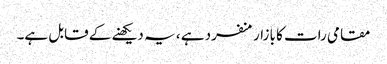
مقامی رات کا بازار منفرد ہے ، یہ دیکھنے کے قابل ہے۔